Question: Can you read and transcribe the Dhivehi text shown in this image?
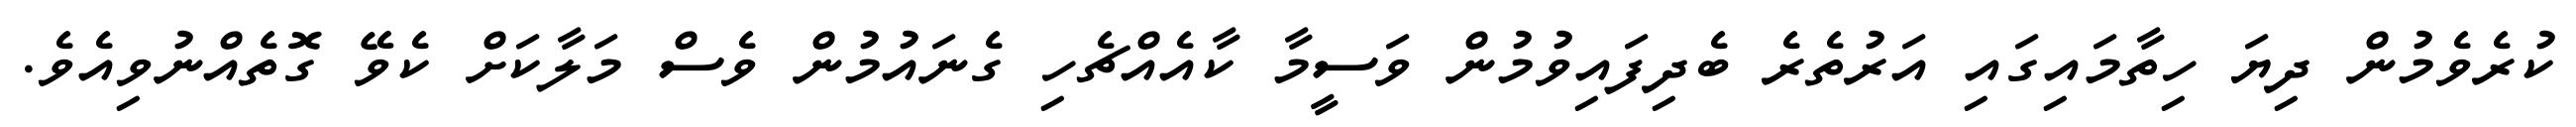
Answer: ކުރެވެމުން ދިޔަ ހިތާމައިގައި އަރުތެރެ ބެދިފައިވުމުން ވަސީމާ ކާއެއްޗެހި ގެނައުމުން ވެސް މަލާކަށް ކެވޭ ގޮތެއްނުވިއެވެ.